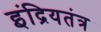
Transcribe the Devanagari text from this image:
इंद्रियतंत्र